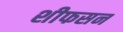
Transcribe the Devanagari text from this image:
शीफसन